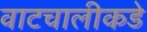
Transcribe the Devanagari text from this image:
वाटचालीकडे